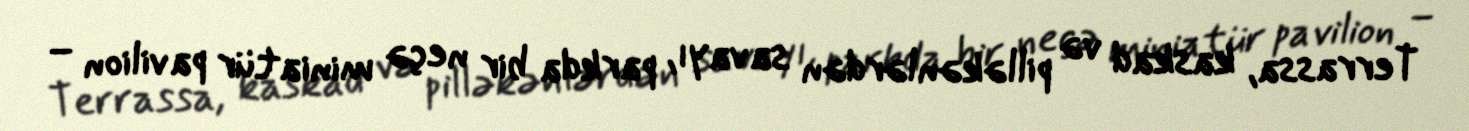
Terrassa, kaskad və pilləkənlərdən savayı, parkda bir neçə miniatür pavilion –